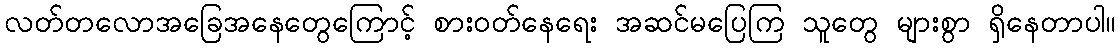
လတ်တလောအခြေအနေတွေကြောင့် စားဝတ်နေရေး အဆင်မပြေကြ သူတွေ များစွာ ရှိနေတာပါ။